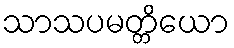
သာသပမတ္တိယော